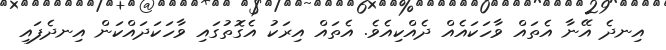
އިނދެ އޭނާ އެތައް ވާހަކައެއް ދެއްކިއެވެ. އެތައް އިރަކު އެގޮތުގައި ވާހަކަދައްކަން އިނދެފައި